Bréfritari: Þórarinn Stefánsson
Dagsetning: A-1915-09-30
Skrifað á: Vesturheimi

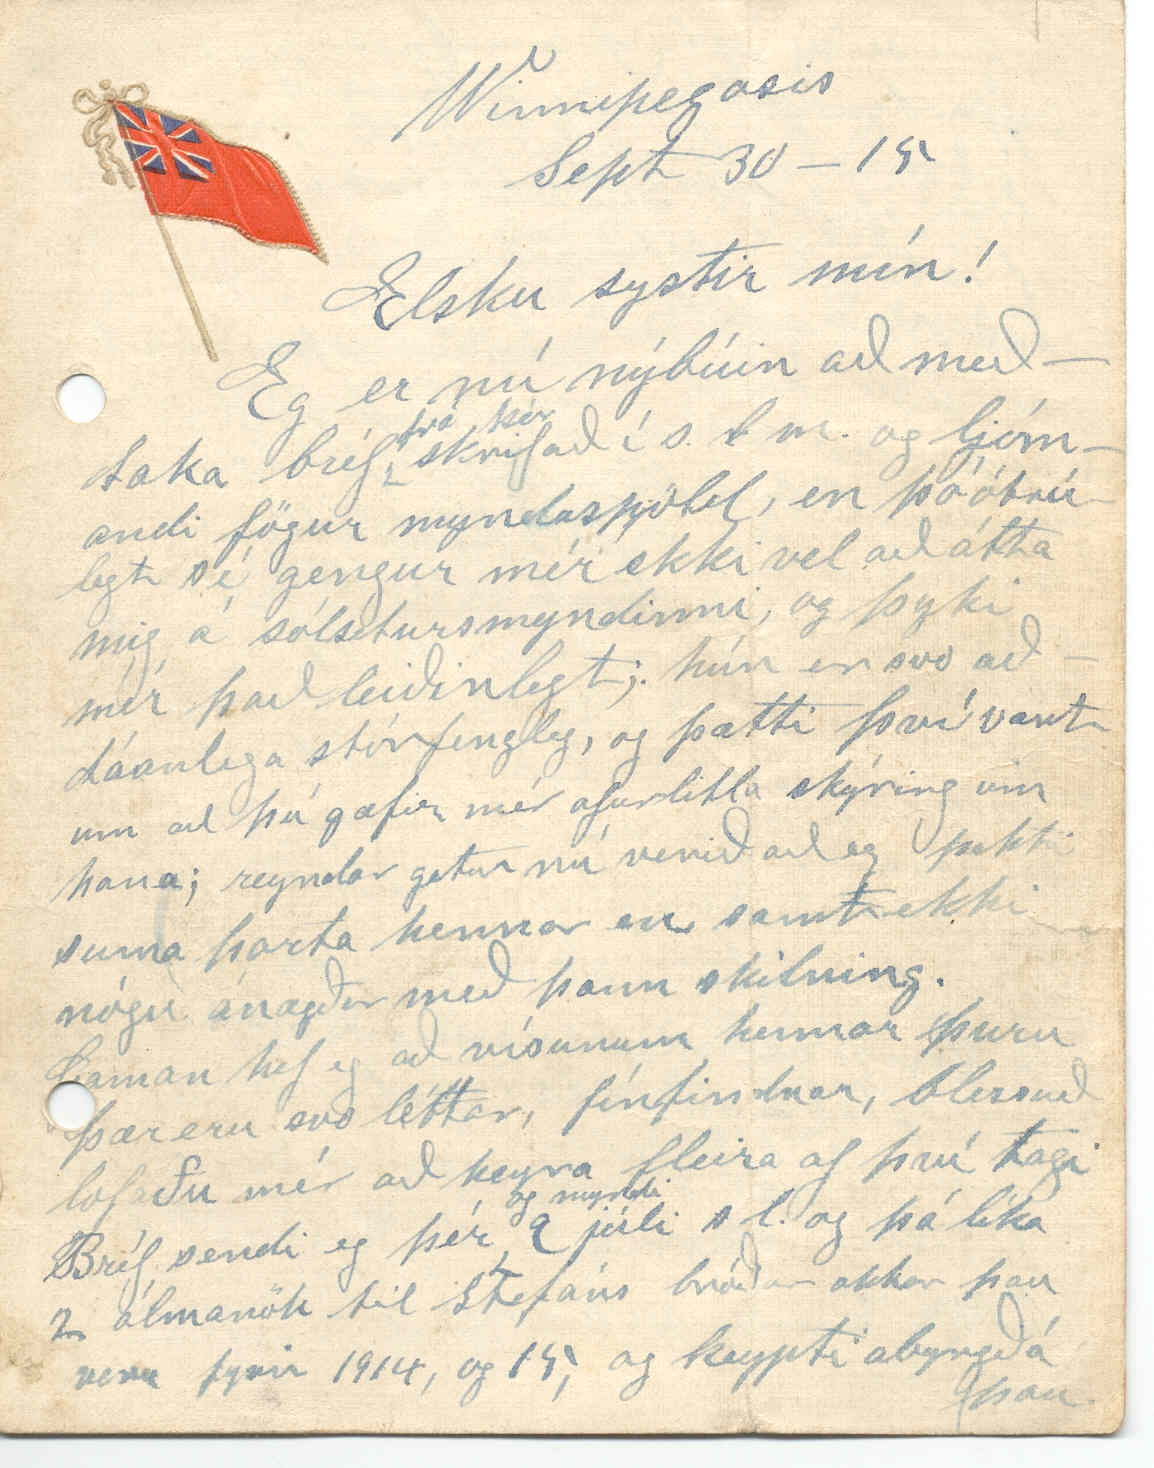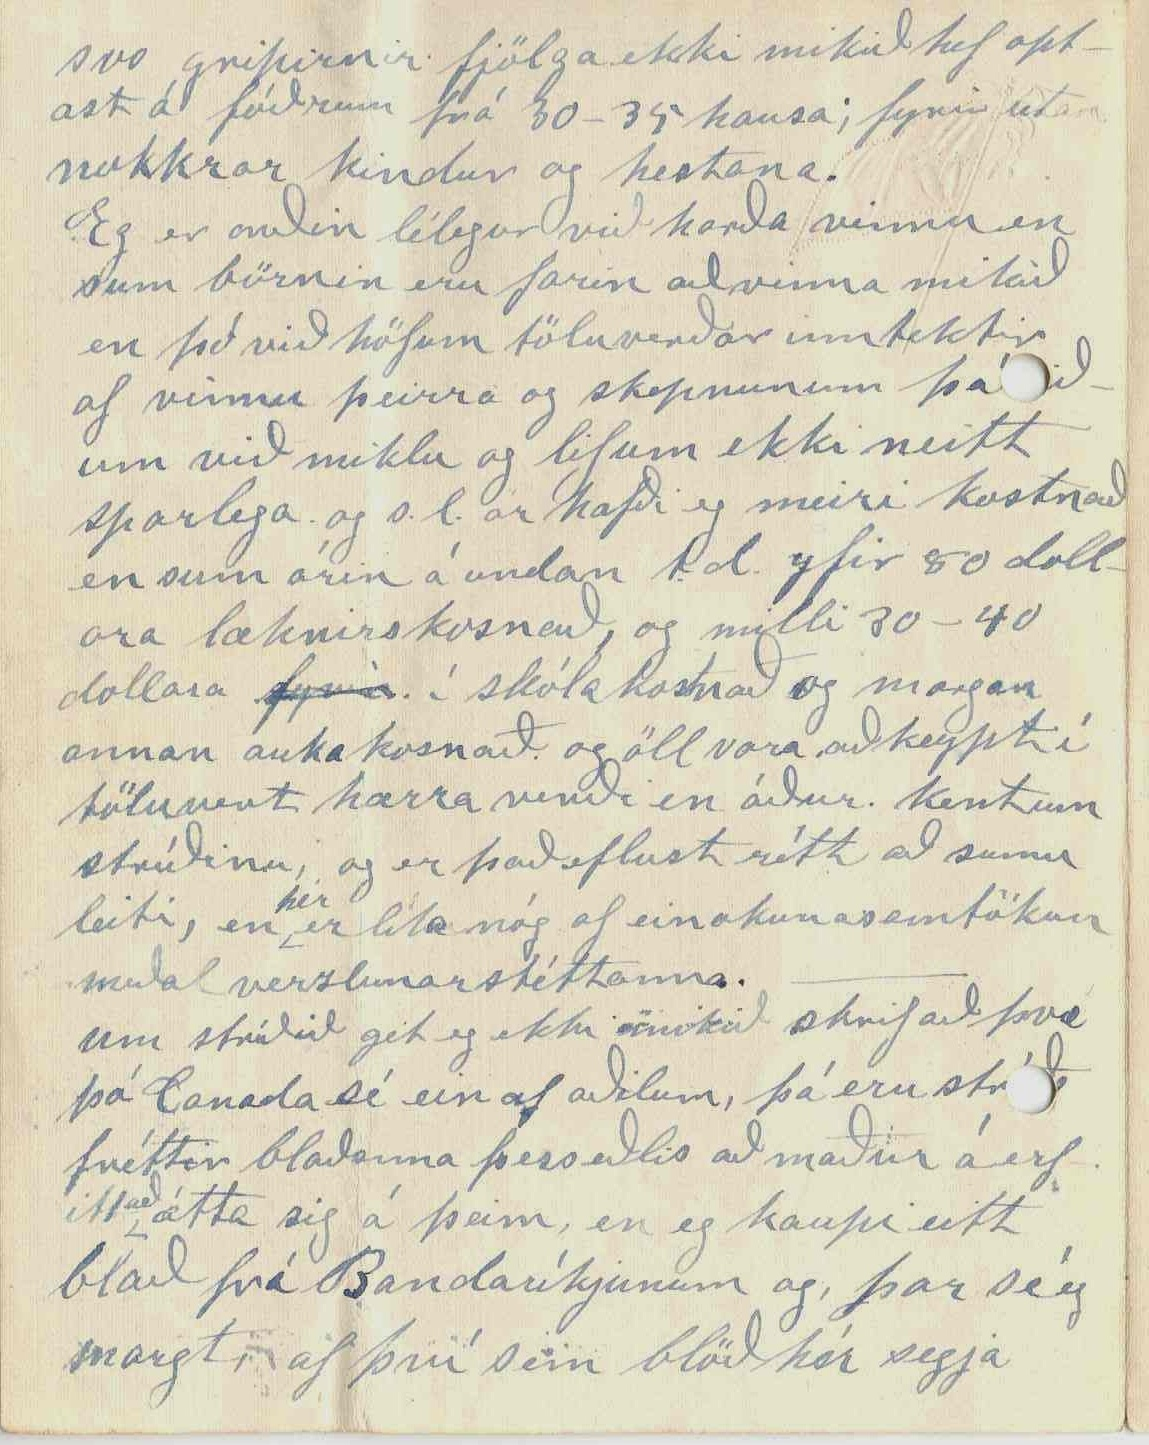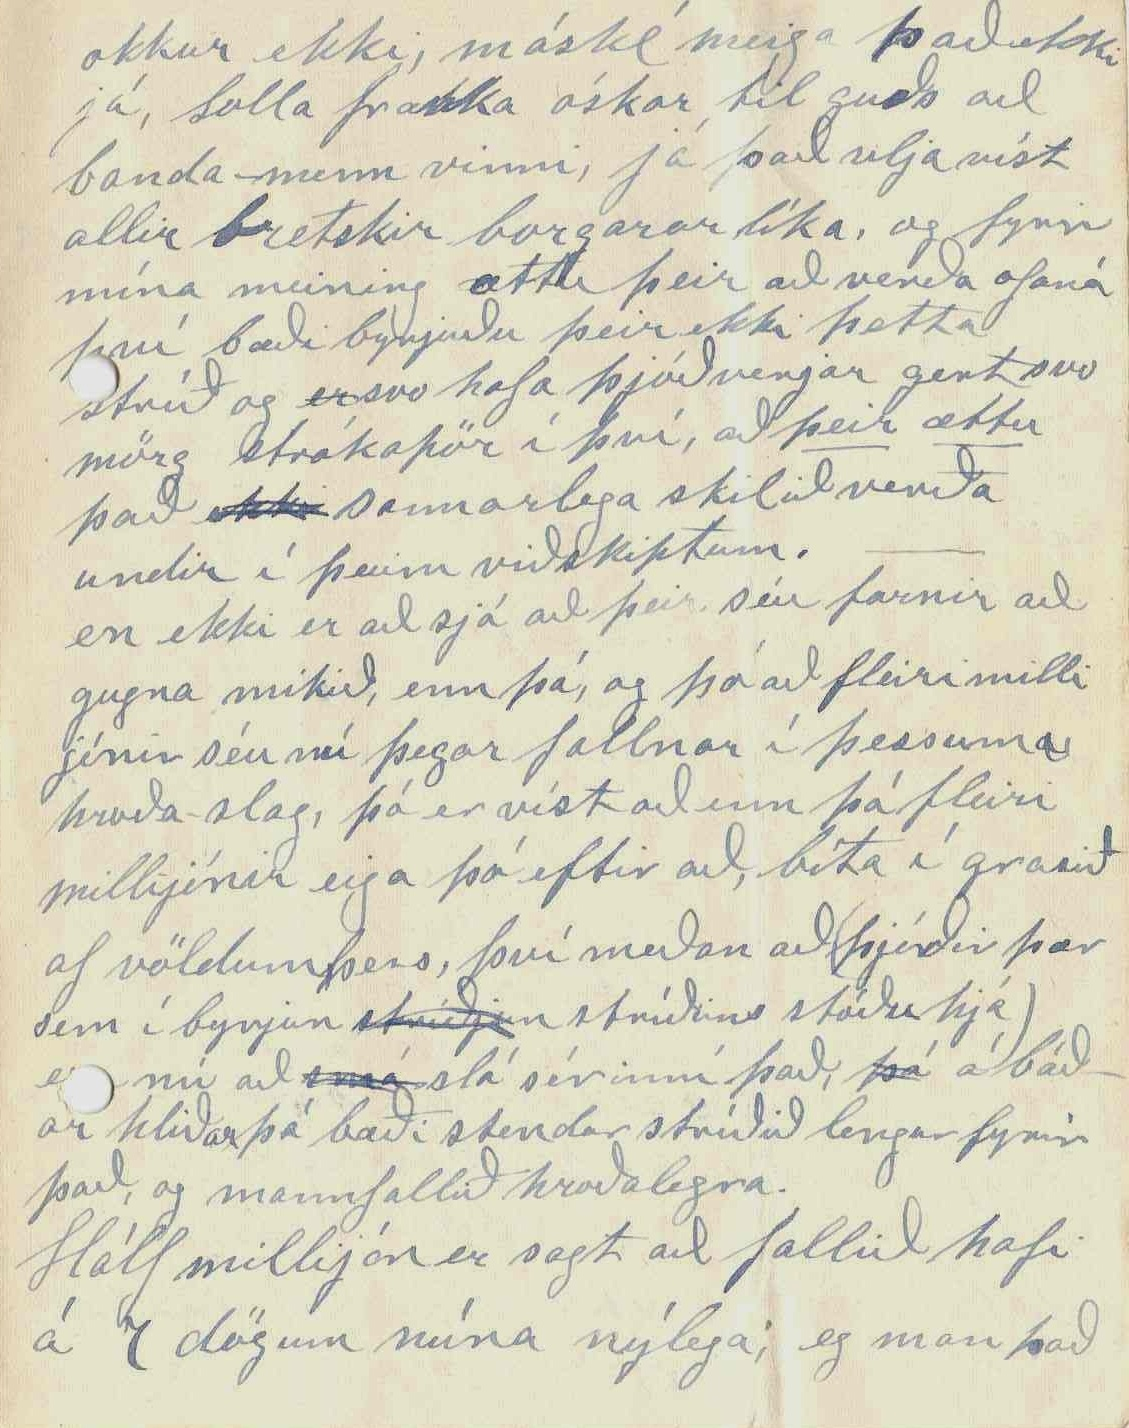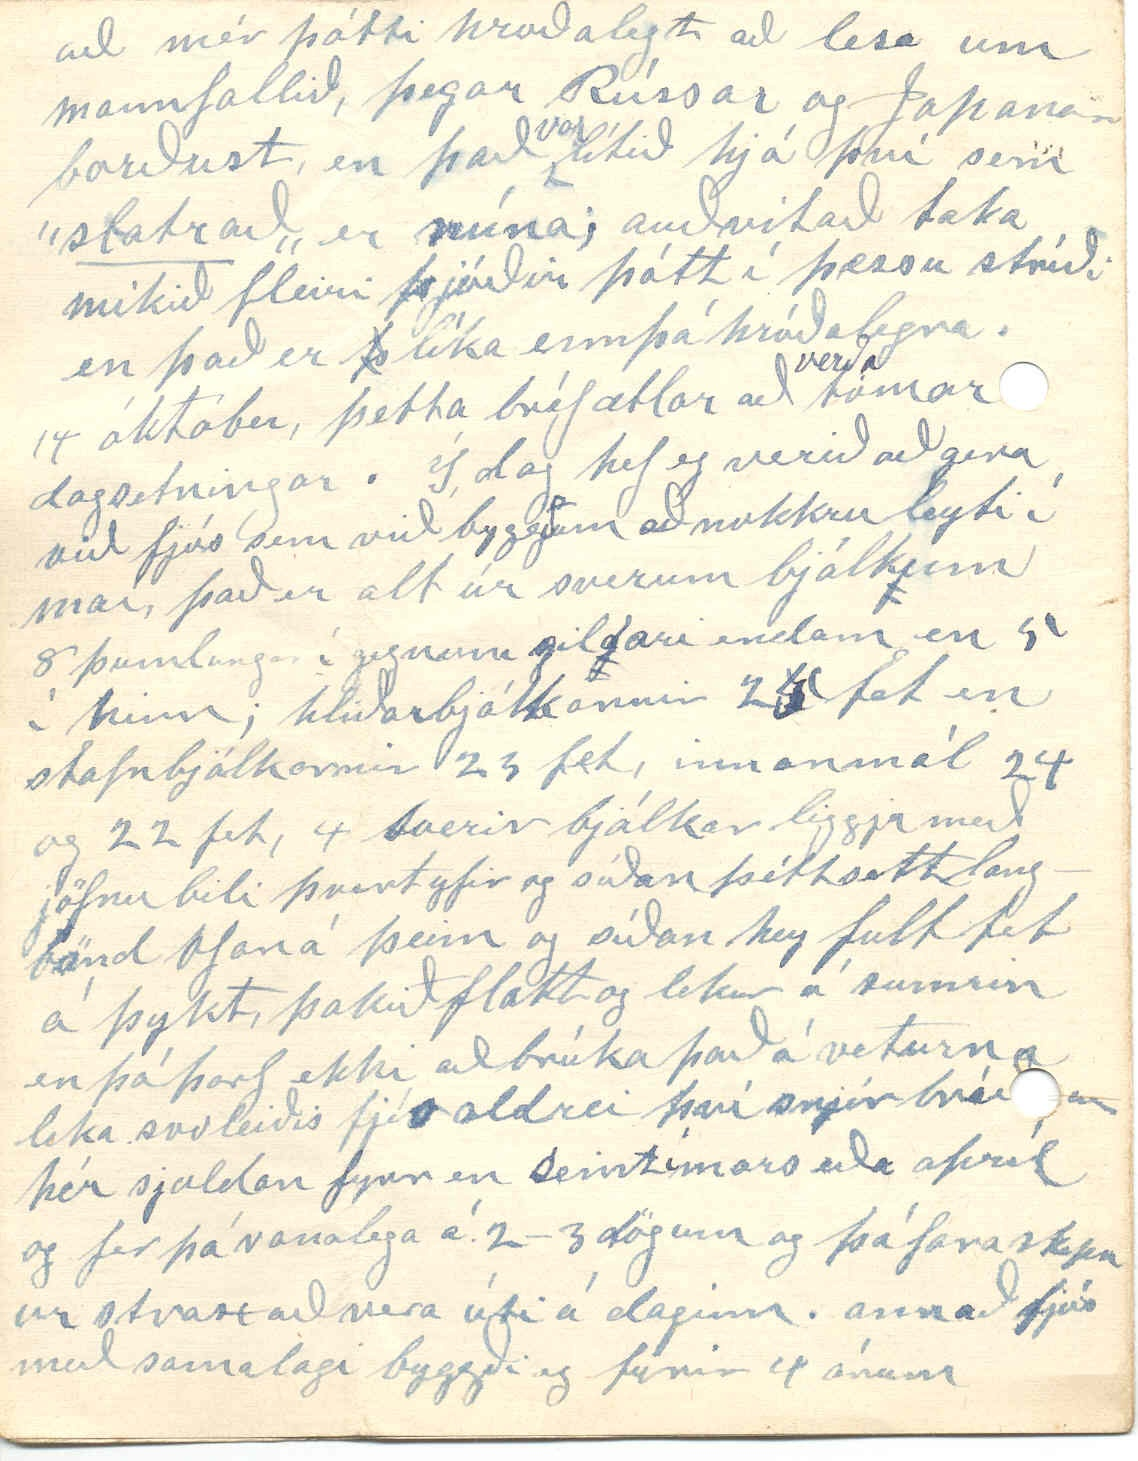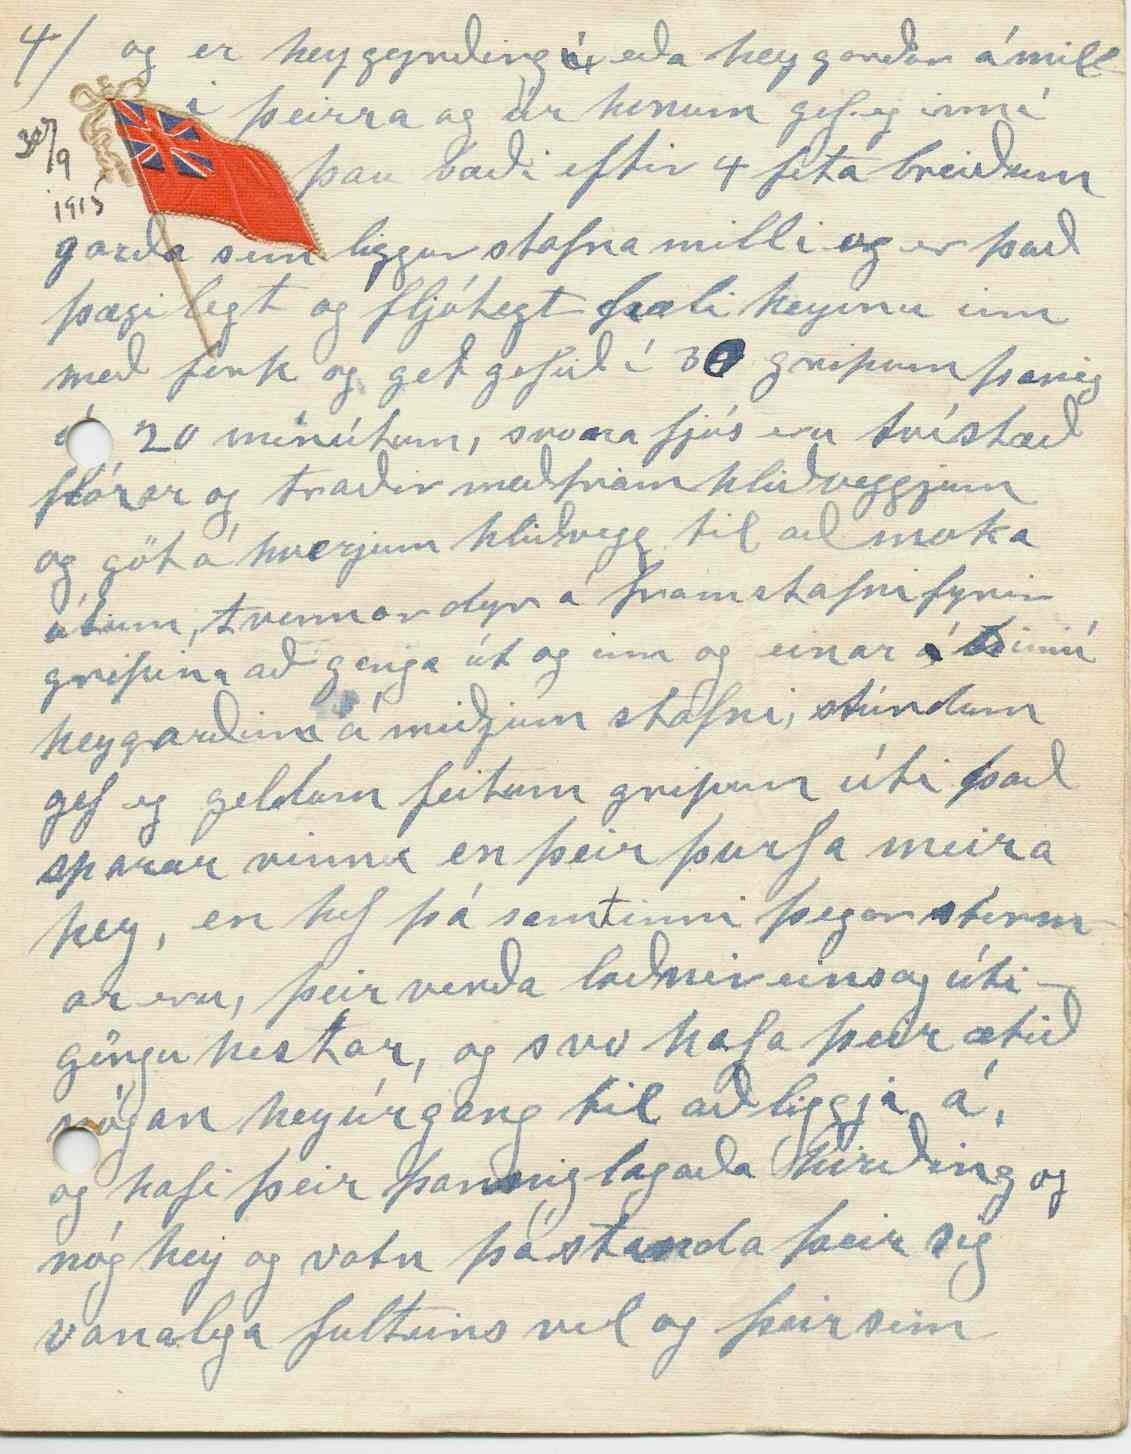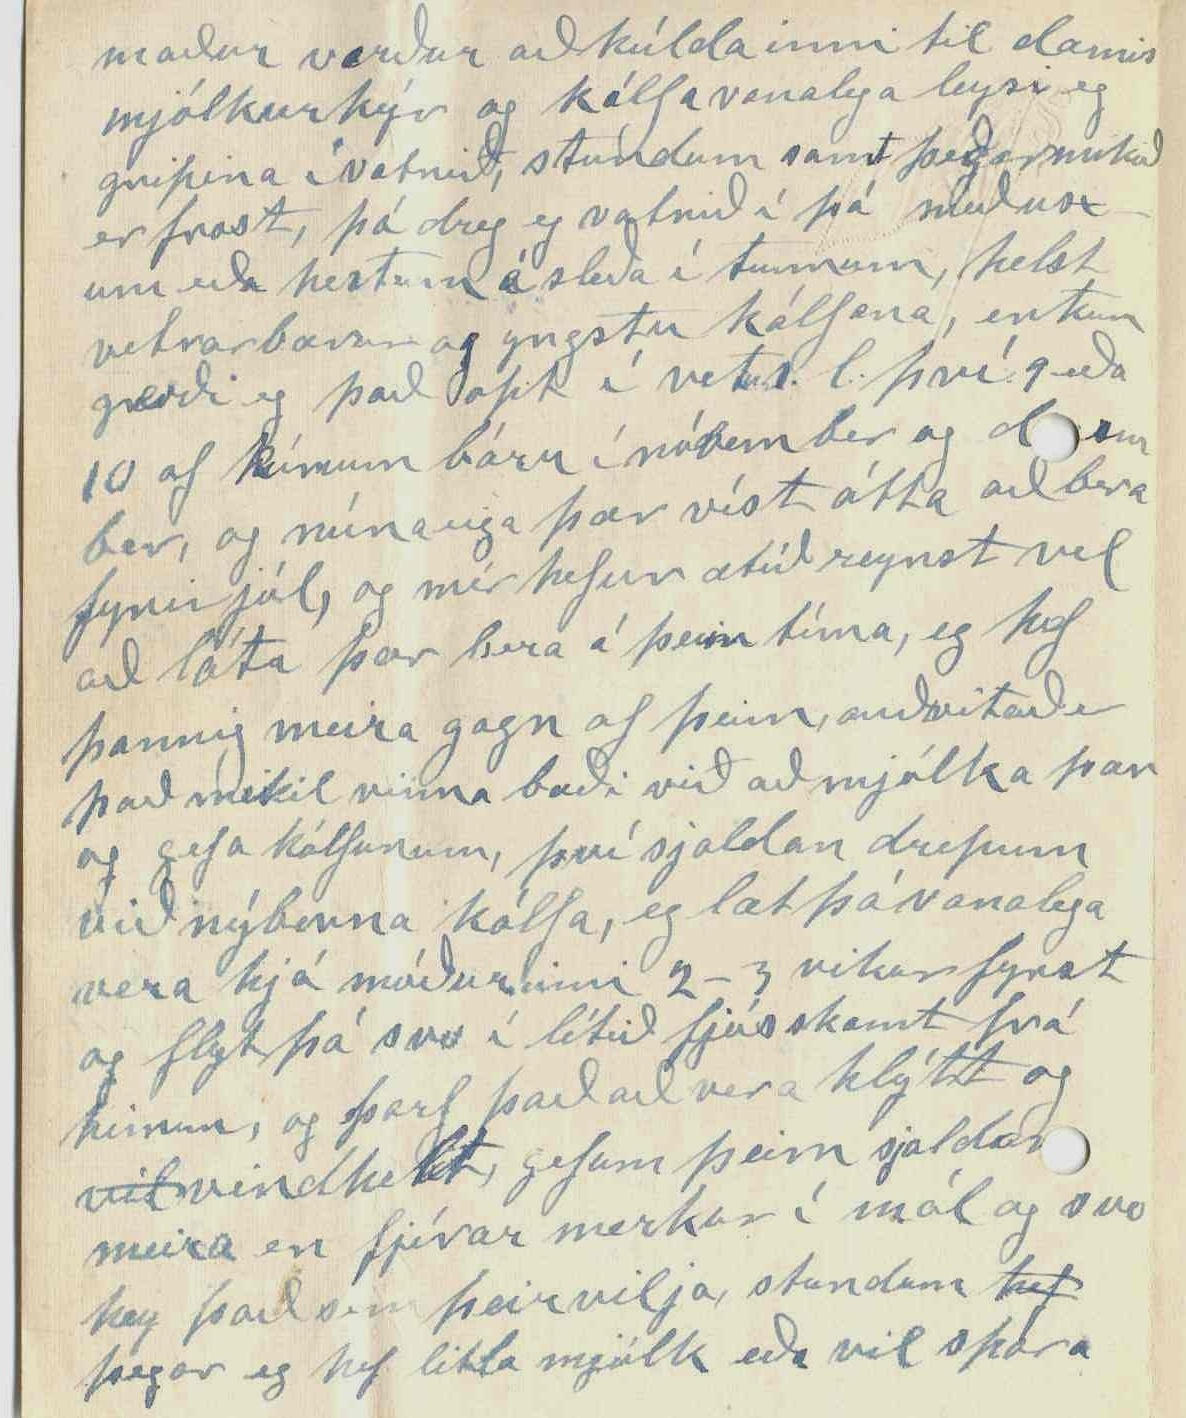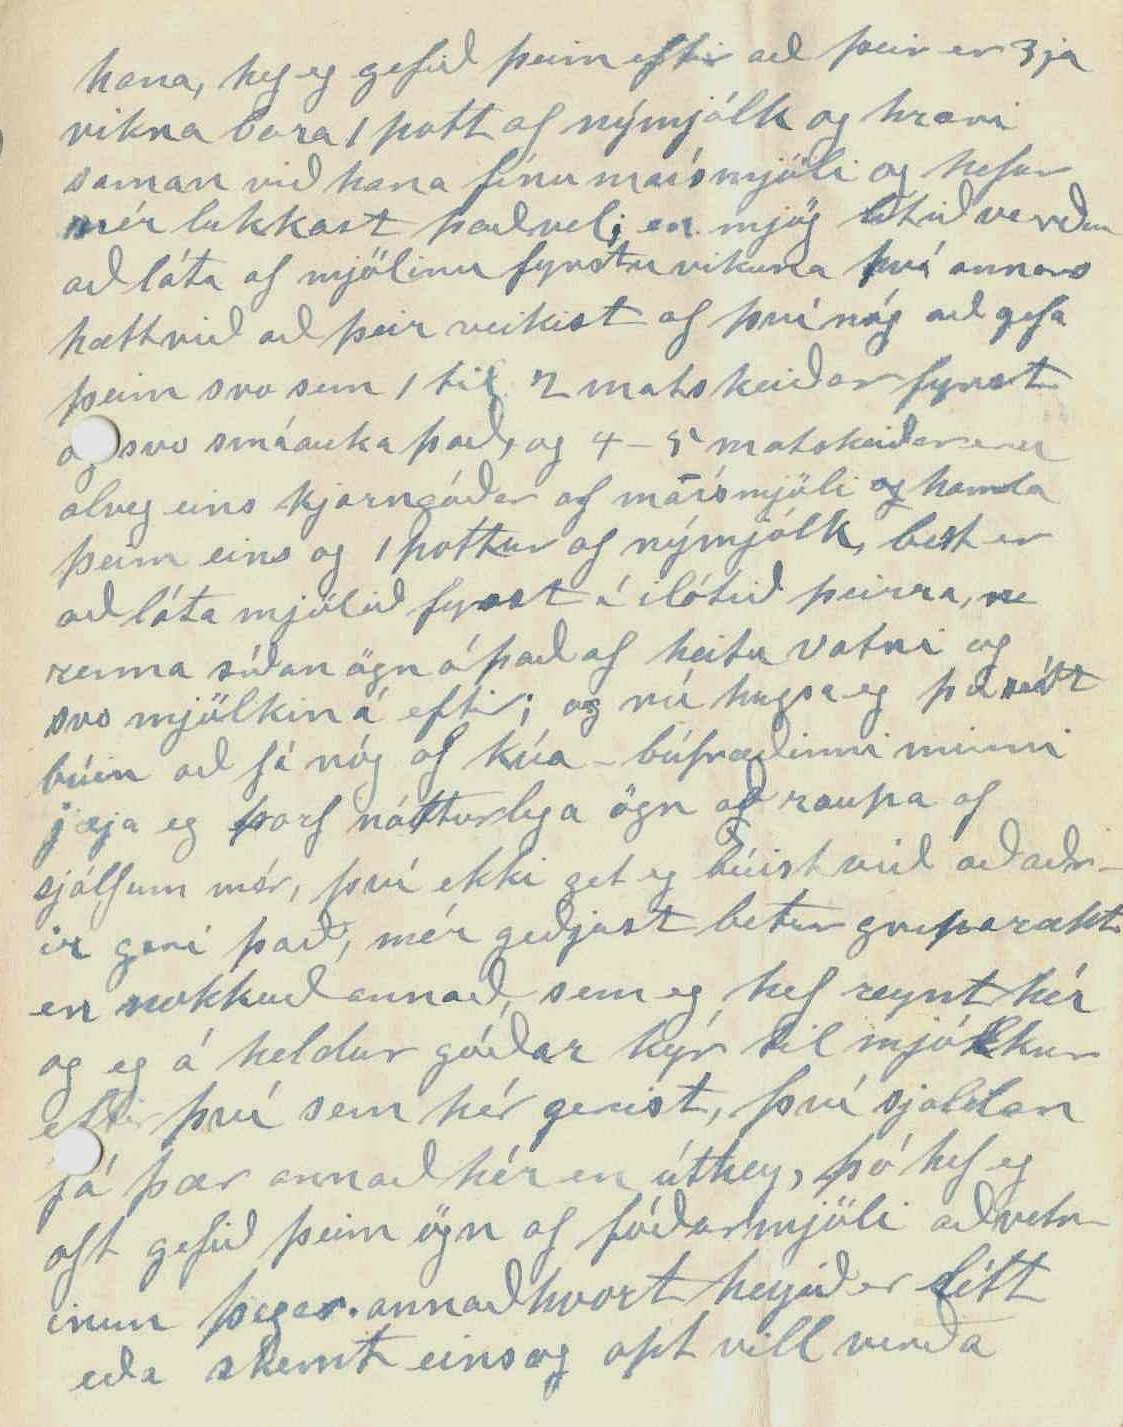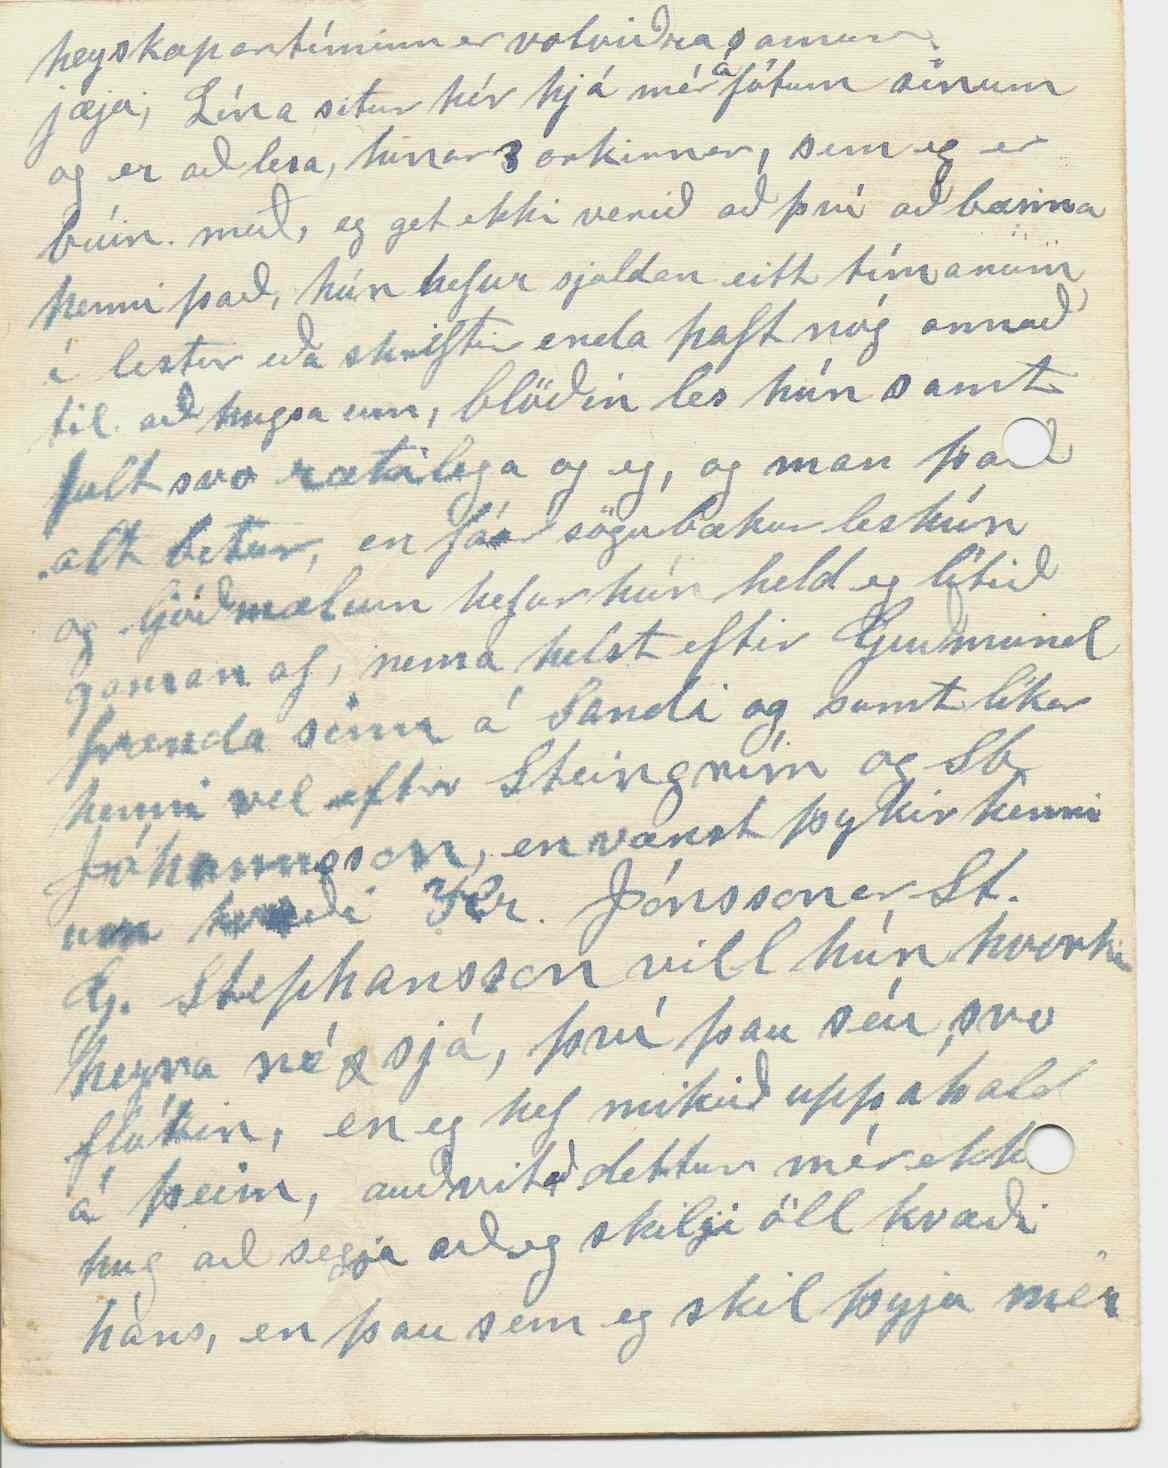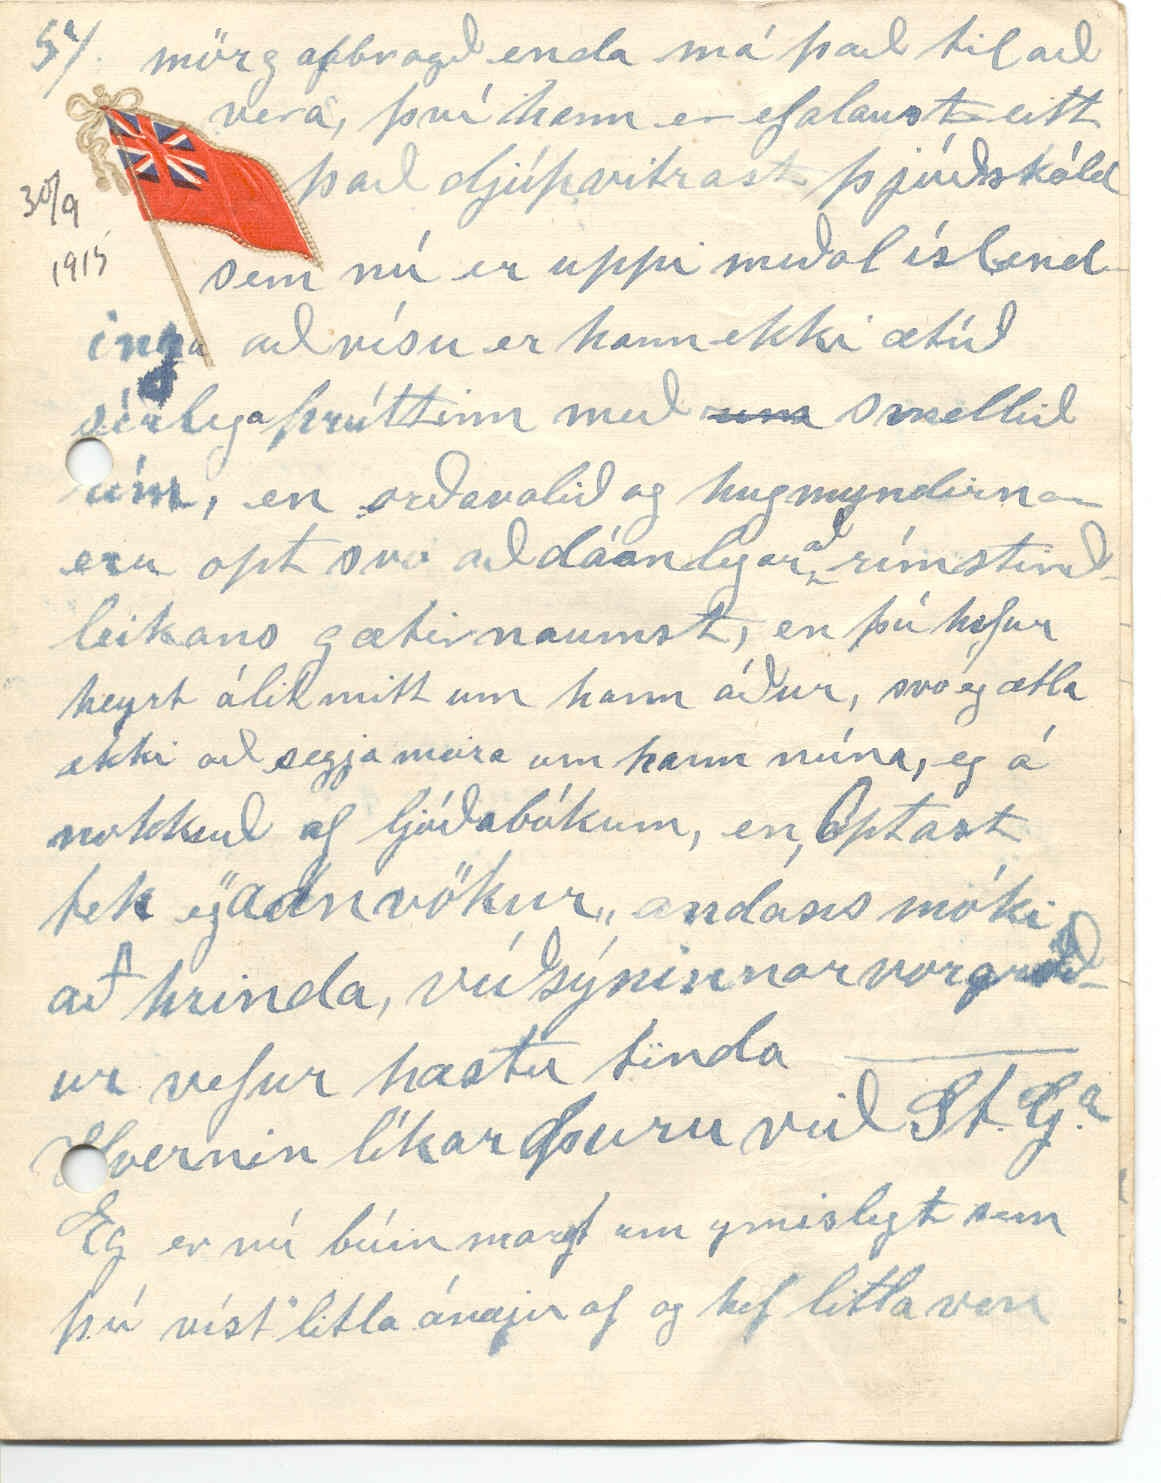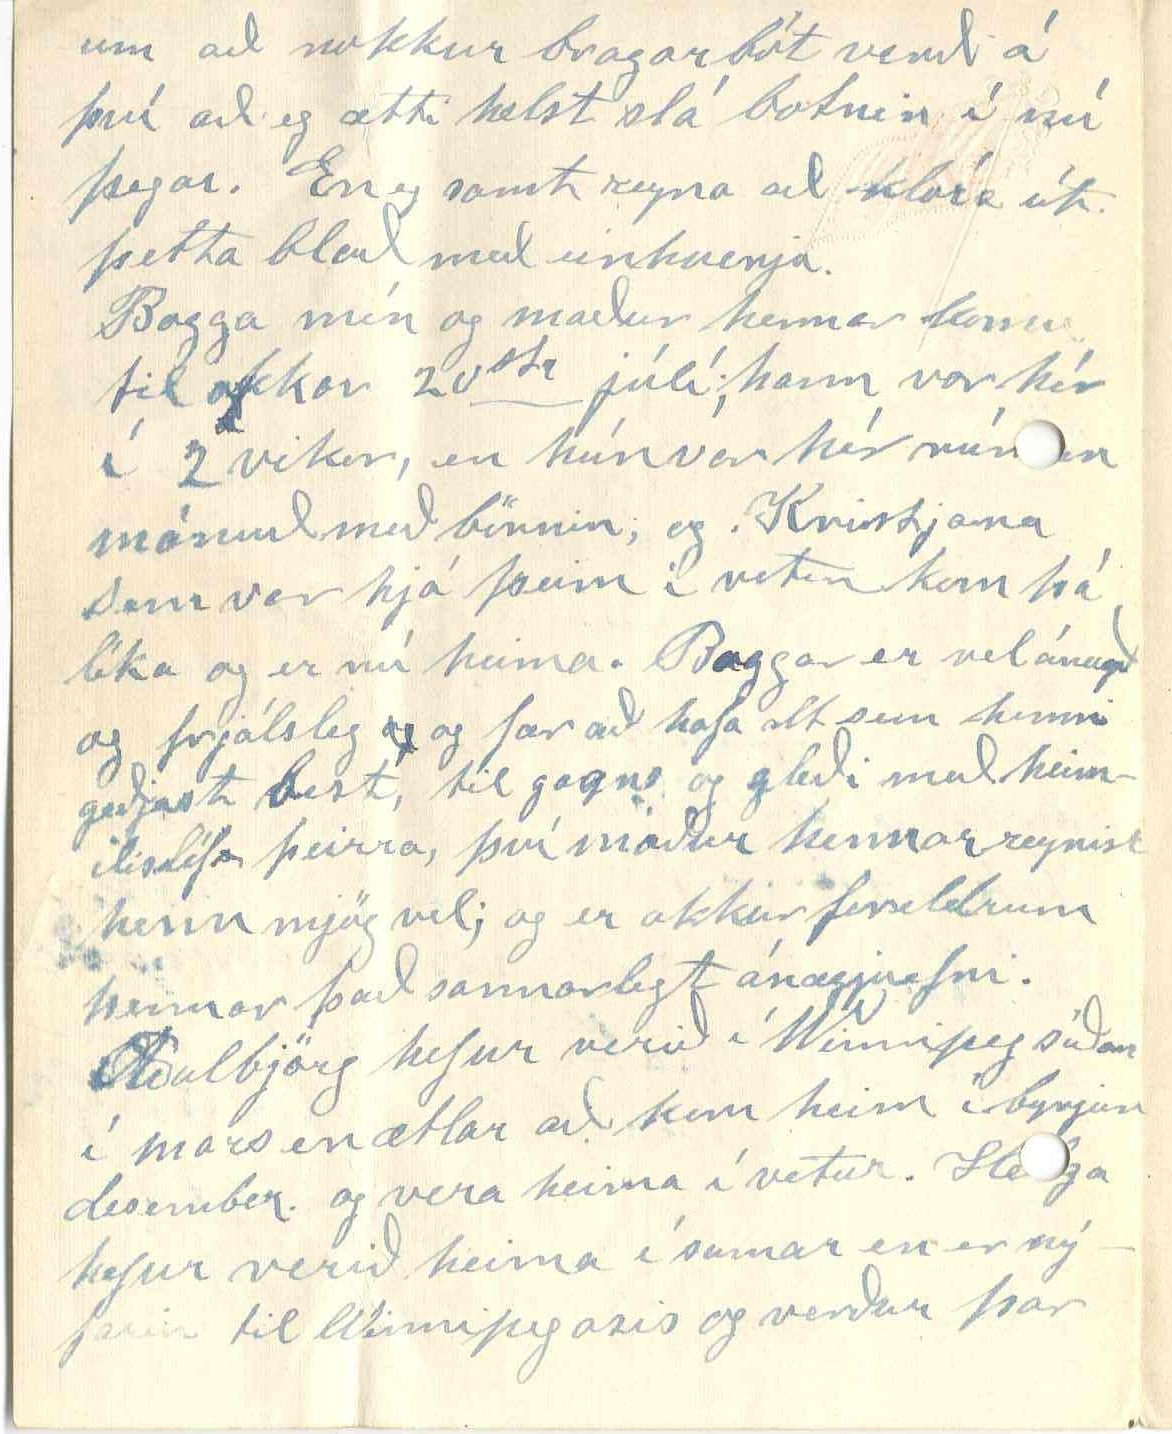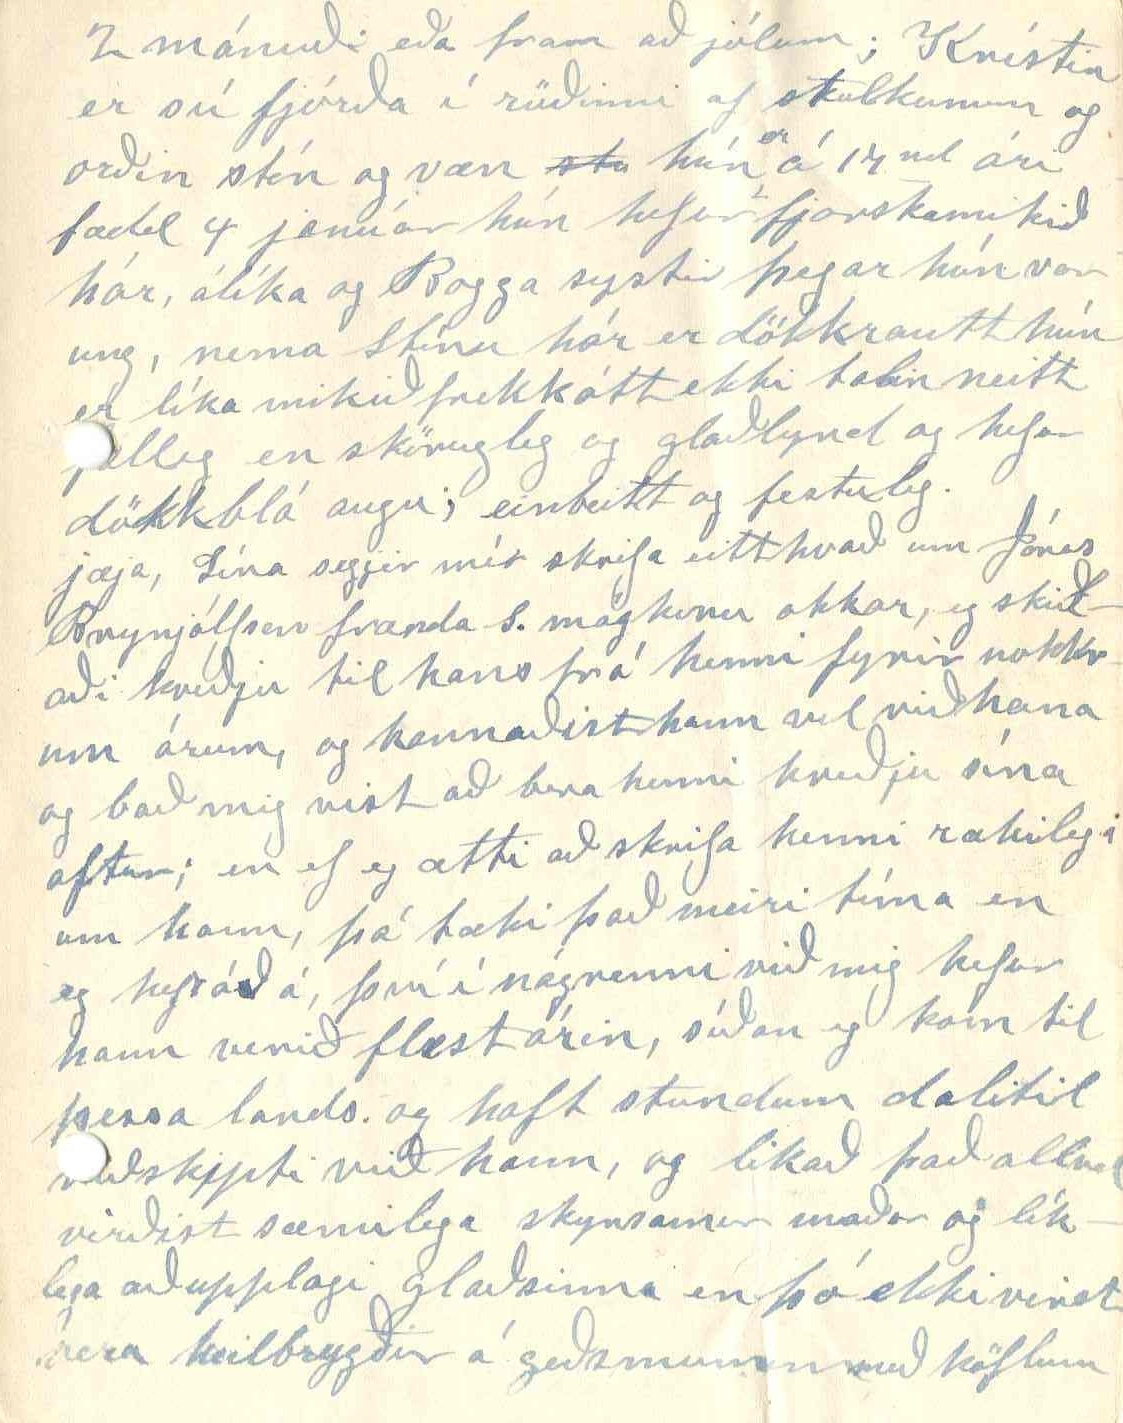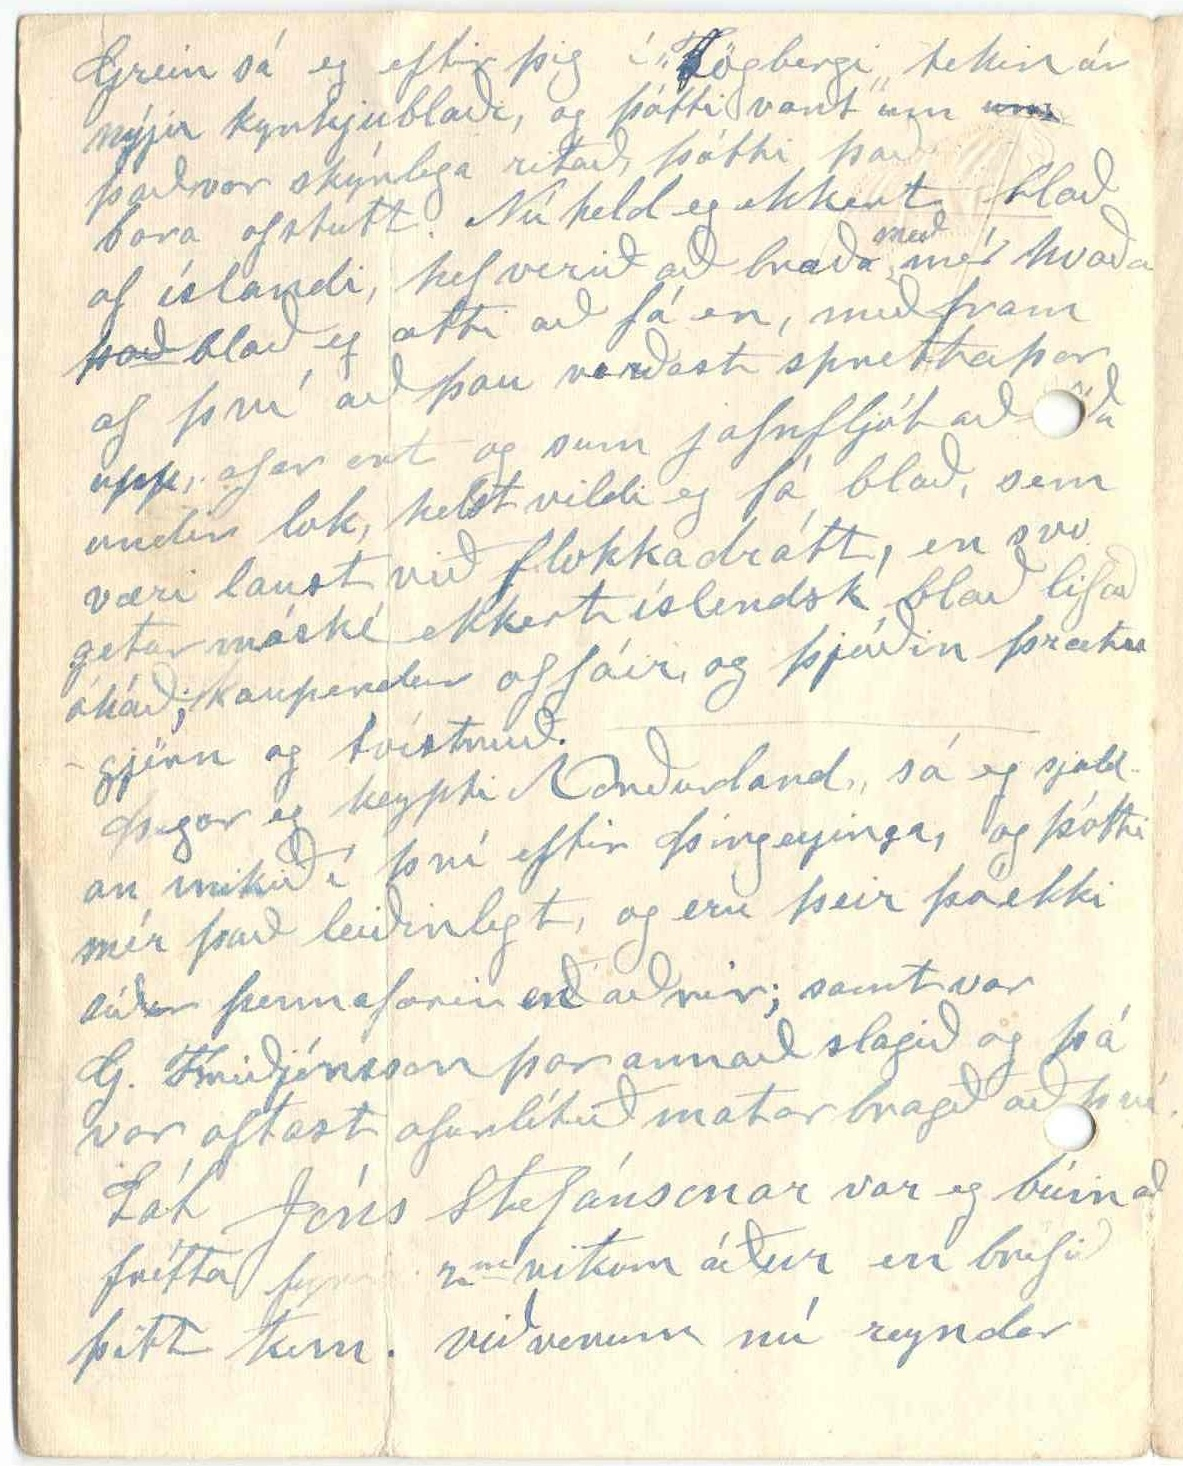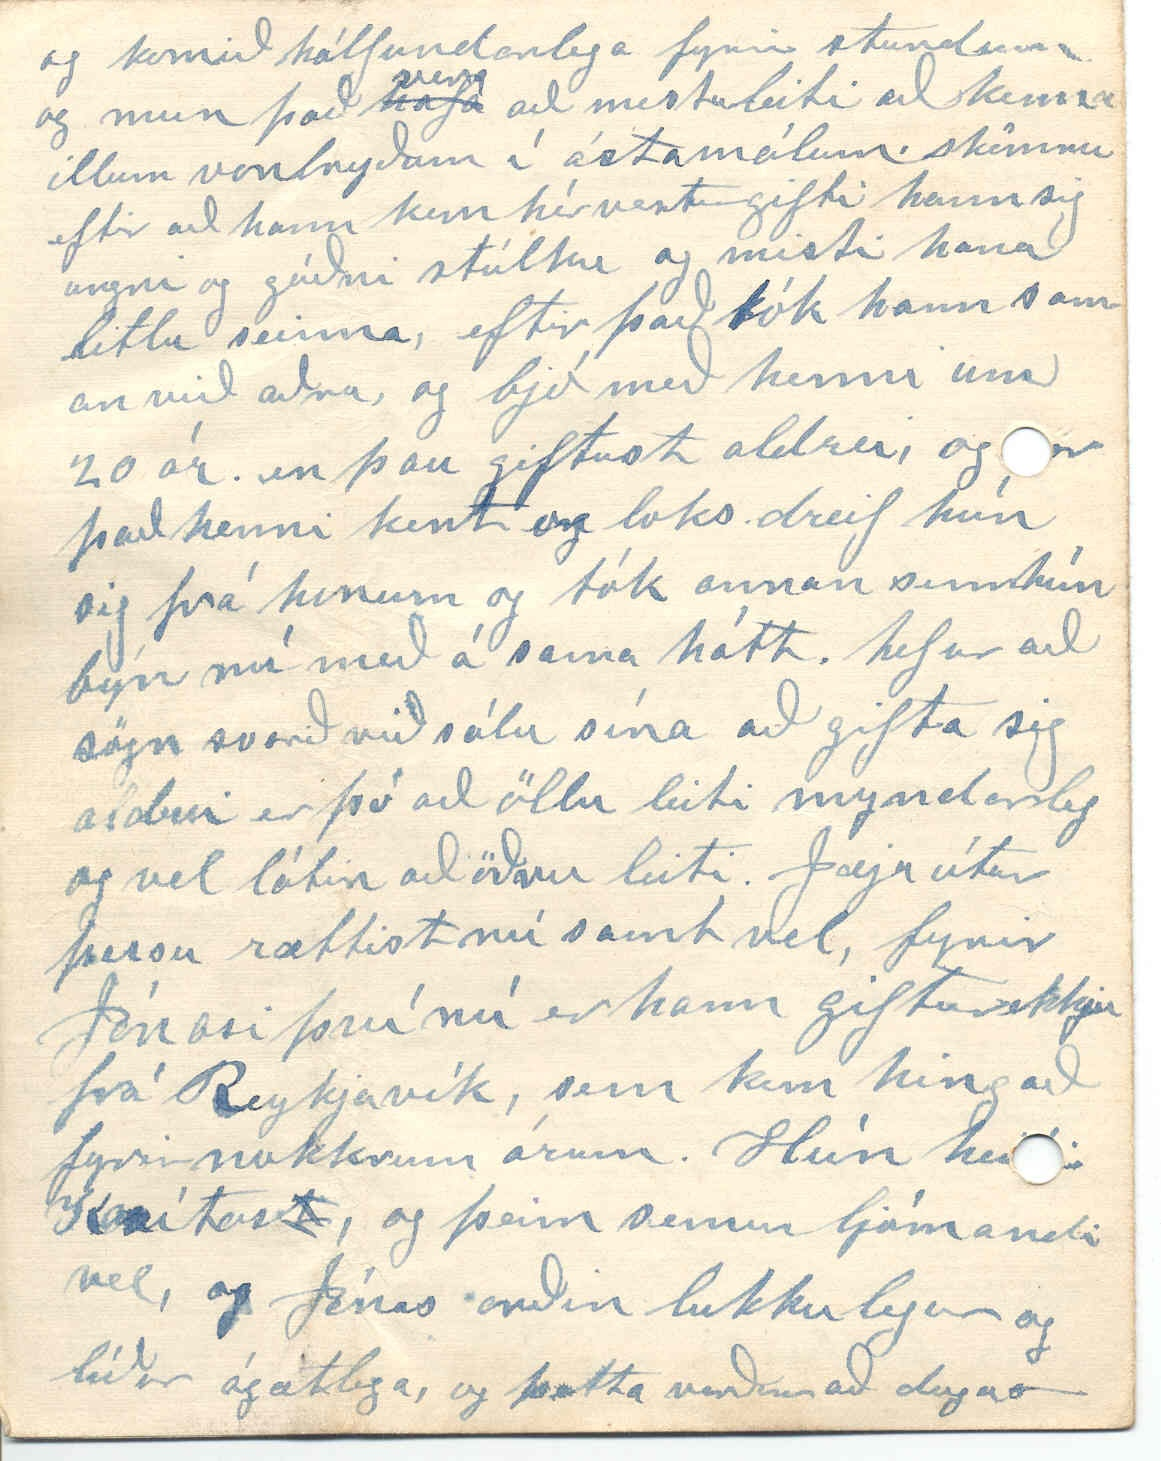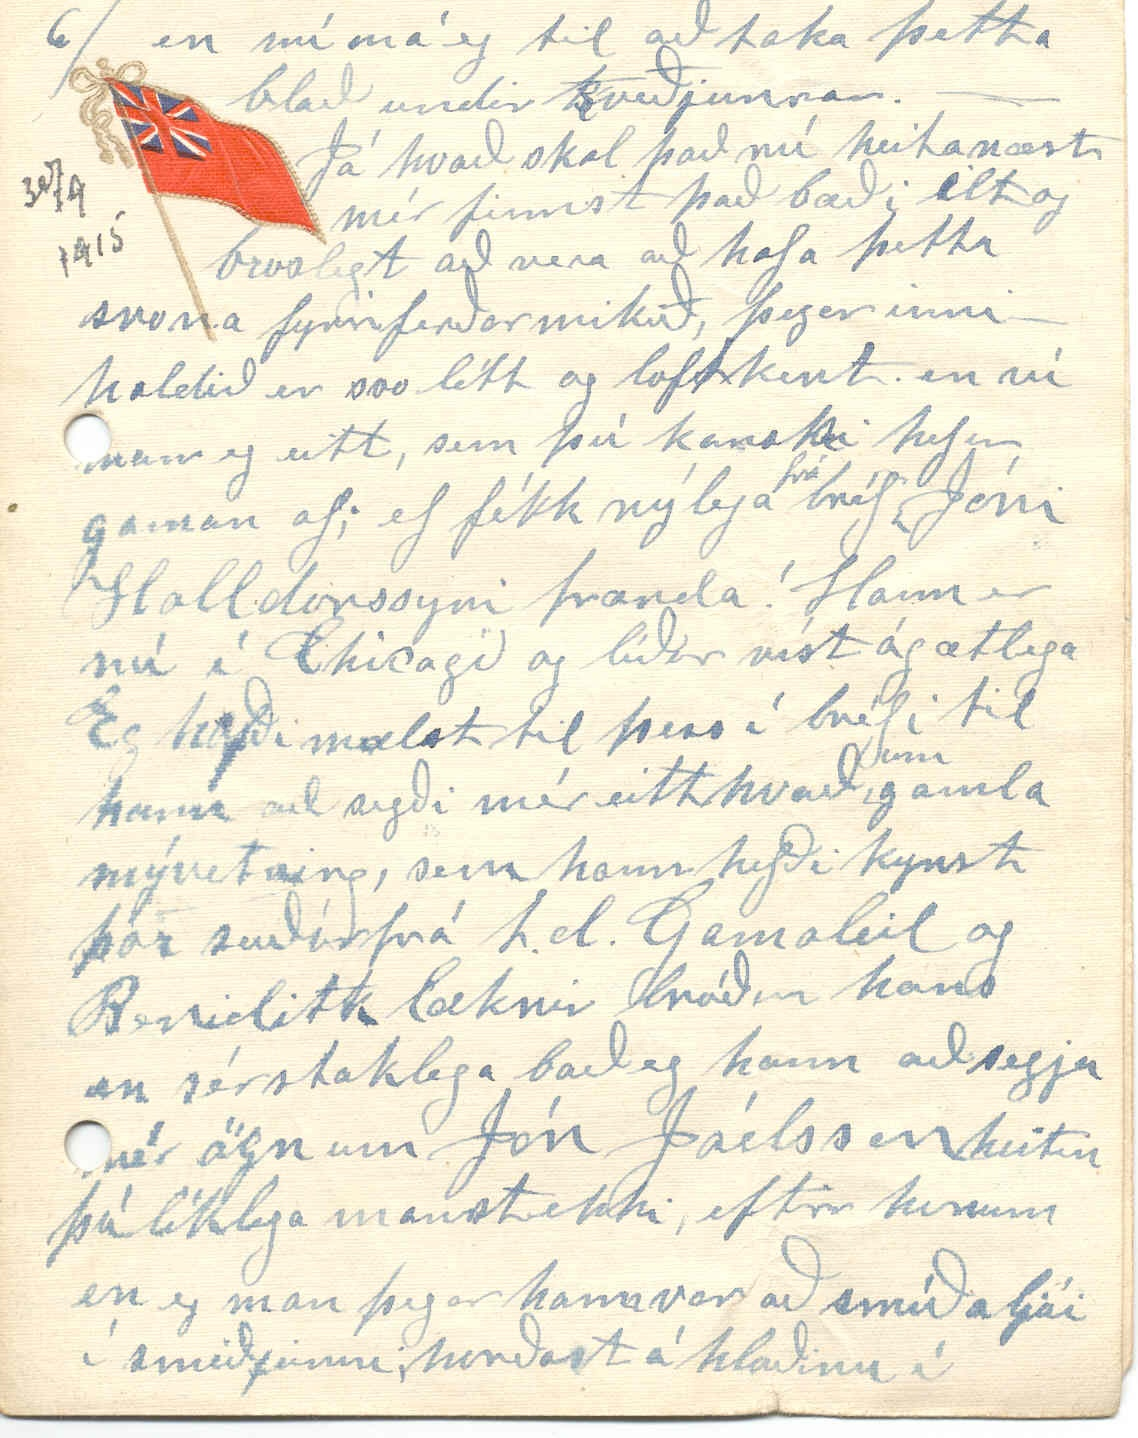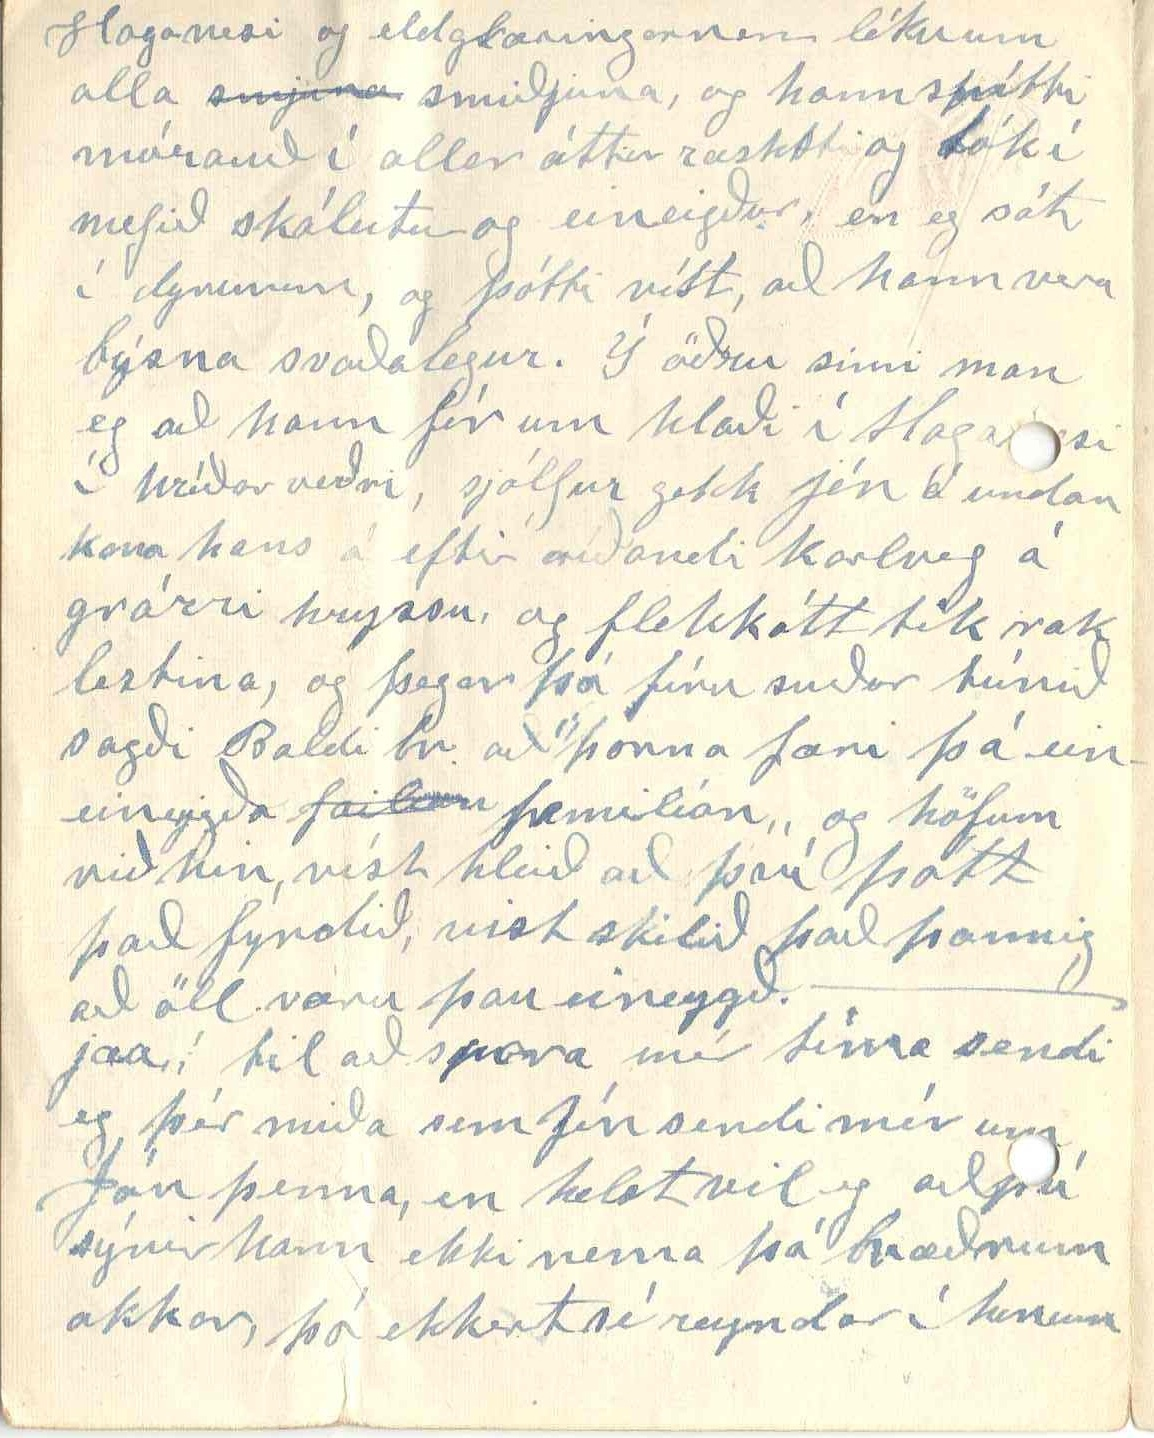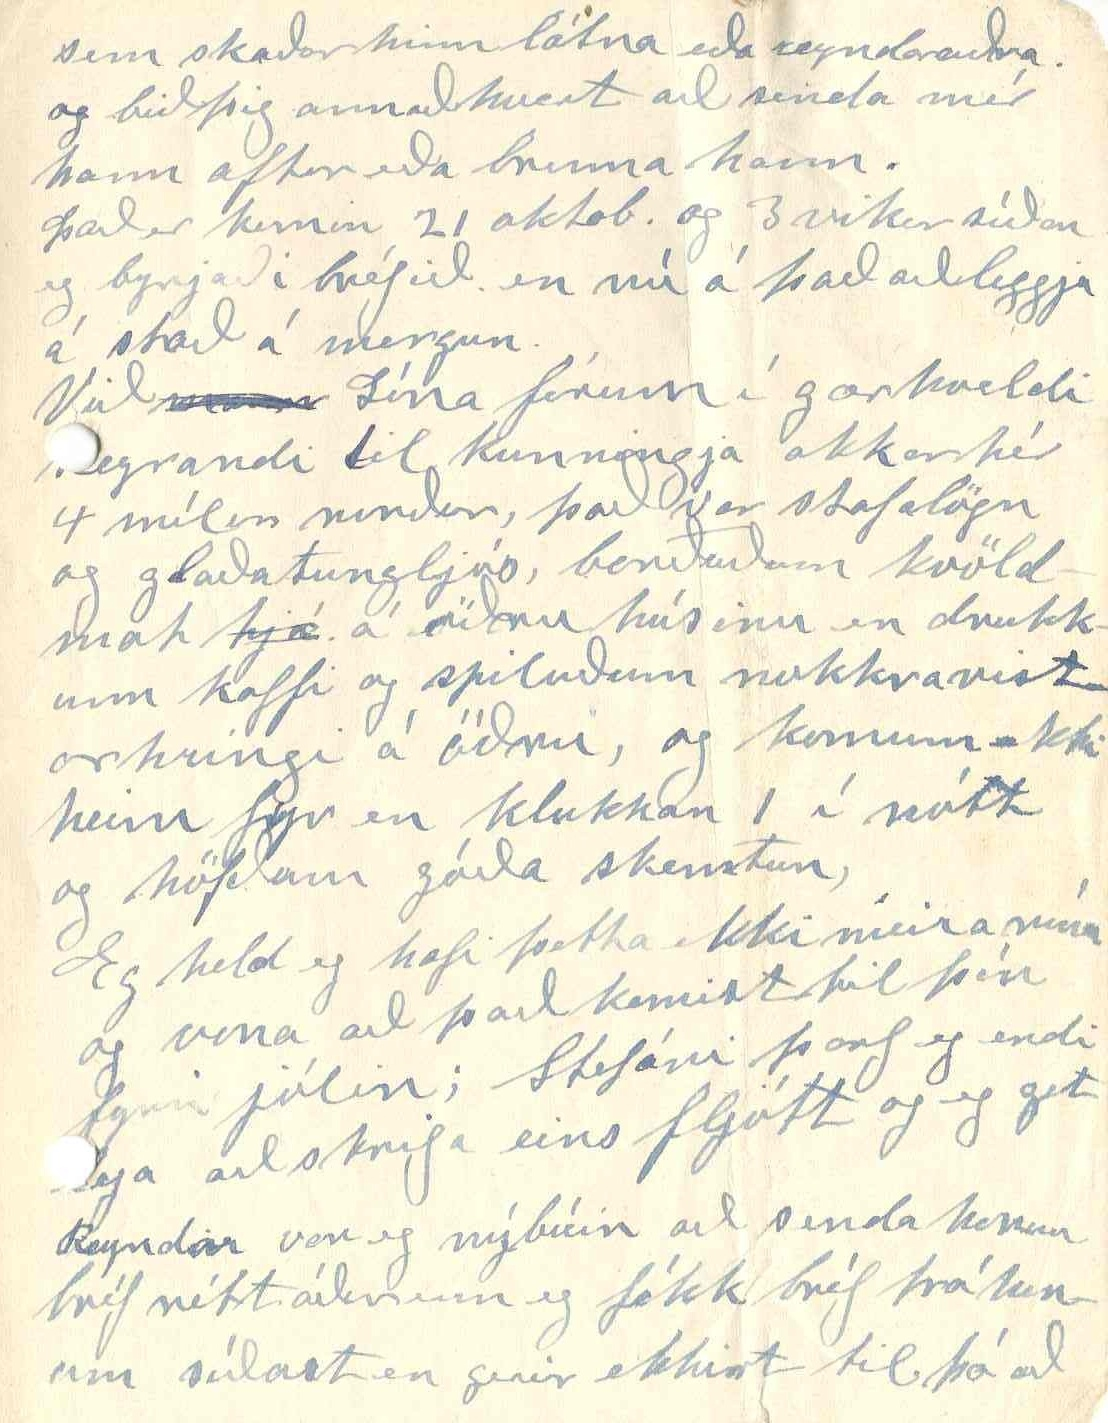

2 mánuði eða fram að jólum; Krístin er sú fjórða í röðinni af stulkunum og orðin stór og væn
stu
hún
er
á 17
nd
ári fædd 4 janúar hún hefur fjarskamikið hár, álíka og Bogga systir þegar hún var ung, nema Stínu hár er dökkrautt hún er líka mikið frekkótt ekki talin neitt falleg en skörugleg og glaðlynd og hefur dökkblá augu; einbeitt og festuleg.
jæja, Lína segjir mér skrifa eitthvað um Jónas Brynjólfson frænda S. mágkonu okkar, eg skilaði kveðju til hans frá henni fyrir nokkrum árum, og kannaðist hann vel við hana og bað mig vist að bera henni kveðju sína aftur; en ef eg ætti að skrifa henni rækilega um hann, þá tæki það meiri tíma en eg hef ráð á, því í nágrenni við mig hefur hann verið flest árin, síðan eg kom til þessa lands. og haft stundum dalitil viðskipti við hann, og likað það allvel virðist sæmilega skynsamur maður og líklega að upplagi glaðsinna en þó ekki virst vera heilbrygður á geðsmunum með köflum
og komið hálfundarlega fyrir stundum og mun það
hafa
vera að mestu leiti að kenna illum vonbryðum í ástamálum. skömmu eftir að hann kom hér vestur gifti hann sig ungri og góðri stúlku og misti hana litlu seinna, eftir það tók hann saman við aðra, og bjó með henni um 20 ár. en þau giftust aldrei, og
var
það henni kent og loks dreif hún sig frá honum og tók annan sem hún býr nú með á sama hátt. hefur að sögn svarið við sálu sína að gifta sig aldrei er þó að öllu leiti myndarleg og vel látin að öðru leiti. Jæja útur þessu rættist nú samt vel, fyrir Jónasi því nú er hann giftur ekkju frá Reykjavík, sem kom hingað fyrir nokkrum árum. Hún heitir Karítas
t
, og þeim semur ljómandi vel, og Jónas orðin lukkulegur og líður ágætlega, og þetta verður að duga
en nú má eg til að taka þetta blað undir kveðjurnar.
Já hvað skal það nú heita næst. mér finnst það bæði ilt og broslegt að vera að hafa þetta svona fyrirferðarmikið, þegar innihaldið er svo létt og loftkent. en nú man eg eitt, sem þú kanski hefur gaman af; ef fékk nýlega
frá
bréf Jóni Halldorssyni frænda! Hann er nú í Chicago og líður víst ágætlega Eg hafði mælst til þess í bréfi til hann að segði mér eitthvað
um
gamla mývetning, sem hann hefði kynst þar suðurfrá t.d. Gamaleil og Beniditk læknir bróður hans en sérstaklega bað eg hann að segja mér ögn um Jón Jóelsson heitin þú líklega manst ekki, eftir honum en eg man þegar hann var að smíða ljái í smiðjunni; norðast á hlaðinu í
Haganesi og eldglæringarnar léku um alla
smjuna
smiðjuna, og hann spítti mórauð í allar áttir ræskti og tók í nefið skáleitur og eineigður, en eg sát í dyrunum, og þótti víst, að hann vera býsna svaðalegur. Í öðru sinni man eg að hann fór um hlaði í Haganesi í hríðar veðri, sjálfur gekk jón á undan kona hans á eftir ríðandi karlveg á grárri hryssu, og flekkótt tík rak lestina, og þegar þá fóru suður túnið sagði Baldi br. að ”þarna færi þá ein eineygða
failian
familían„ og höfum við hin, víst hleið að því þótt það fyndið, vist skilið það þannig að öll væru þau eineygð.
jæa, í til að spara mér tíma sendi eg þér miða sem Jón sendi mér um Jón þenna, en helst vil eg að þú sýnir hann ekki nema þá bræðrum okkar, þó ekkert sé reyndar í honum
sem skaðar hinn látna eða reyndar aðra. og bið þig annað hvort að senda mér hann aftur eða brenna hann.
Það er komin 21 oktob. og 3 vikur síðan eg byrjaði bréfið. en nú á það að leggja á stað á morgun.
Við
ma000
Lína fórum í gærkveldi keyrandi til kunningja okkar hér 4 mílur norður, það var stafalögn og glaða tungljós, borðuðum kvöldmat
hjá
á öðru húsinu en drukkum kaffi og spiluðum nokkra vistarhringi á öðru, og komum ekki heim fyr en klukkan 1 í nótt og höfðum góða skemtun,
Eg held eg hafi þetta ekki meira núna og vona að það komist til þín fyrir jólin; Stefáni þarf eg endilega að skrifa eins fljótt og eg get Reyndar var eg nýbúin að senda honum bréf rétt áður enn eg fékk bréf frá honum síðast en gerir ekkert til þó að
ekki sé fylgt föstum reglum, bara að hinn veiki sambands þráður slitni að ástæðulausu.
Heilsaðu öllum uppí sveit
Er því vilja sinna
Ef eg kem í eftirleit,
Alla vil eg finna.
já hjart kveðju til þín og þinna og bræðra minna.
Þinn elkandi bróðir
Thór Stephánsson
Winnipegosis
Sept 30 - 15
Elsku systir mín!
Eg er nú nýbúin að meðtaka bréf
frá þér
skrifað í s. l. m. og ljómandi fögur myndaspjöld, en þó ótrúlegt sé gengur mér ekki vel að átta mig á sólsetursmyndinni, og þyki mér það leiðinlegt; hún er svo aðdáanlega stórfengleg, og þætti því vænt um að þú gæfir mér ofurlitla skýring um hana; reyndar getur nú verið að eg
þekti
suma parta hennar en samt ekki nógu ánægður með þann skilning. Gaman hef eg að vísunum hennar þuru Þær eru svo léttar, fínfindnar, blessuð lofaðu mér að heyra fleira af því tagi Bréf sendi eg þér
og myndi
9 júli sl. og þá líka 2 álmanök til Stefáns bróður okkar þau voru fyrir 1914, og 15, og keypti abyrgð á þau.
Grein sá eg eftir þig í ”Lögbergi„ tekin úr nýju kyrkjublaði, og þótti vænt um
um
það var skýrlega ritað, þótti það bara of stutt. Nú held eg ekkert blað af íslandi, hef verið að bræða
með
mér hvaða
það
blað eg ætti að fá en, með fram af því að þau virðast spretta þar upp, afar ort og sum jafnfljót að
líða
undir lok, helst vildi eg fá blað, sem væri laust við flokkadrátt, en svo getur máské ekkert íslendsk blað lifað óháð; kaupendur of fáir, og þjóðin þrætugjörn og tvístruð.
Þegar eg keypti Norðurland„ sá eg sjaldan mikið í því eftir Þingeyinga, og þótti mér það leiðinlegt, og eru þeir þó ekki síður pennafærir
að
en aðrir; samt var G. Friðjónsson þar annað slagið og þá var oftast ofurlítið matarbragð að því. Lát Jóns Stefánsonar var eg búin að frétta
fyr0
2
m
vikum áður en bréfið þitt kom. við vorum nú reyndar
engir perluvinir hér á fyrri árum en vitmaður var hann, og ágjætar þýkja mér dýrasogurnar hans. og mér hefur altaf verið hlýtt til hans, síðan eg sá það, sem hann mælti eftir soninn þinn.
og nú kvað alþingið hafa veitt ekkju hans 200 krónur í heiðurslaun, smátt er nú skorið, því höfðu þeir það ekki 500, gat naumast minna verið til að heita heiður.
4 október, Eg fór í fyrradag á bát til bæjarins og Stebbi Helga og Stína líka ætluðum til baka í gær en þá var mikill stormur á móti, og af því svo fáment var heim þá gekk eg heim, en þau urðu eftir þangað til. leiði kemur. svo núna er ekki heima
nema
karl og kerling og 4 yngstu börnin, þau eru að leika felu leik í miðhúsinu en Lína situr og prjónar í innsta húsinu og eg að skrifa í
við
einu hornini á því við ljós því það er komið nær háttatíma eða kl. 15 mín eftir 9.
Æ! að þú sætir nú hérna mitt á meðal okkar, þá hugsa eg að við færum ekki að hátta strax enda ert nú máské búin að sofa góðan dúr, en samt áttu eftir morgundúrinn, og hann er mörgum kær.
Seint gengur mð bréfið; komin 10 oktober, og sunnudagur kl. 2, og við nýlega búin að
borða
miðdegismat, saltaða
ð
n hvítfisk, kartoplur rauðróur súrsaðar í ediki og soðnar sikurróur, og náttúrlega brauð og smjör, og drukkum með því; sumir te, sumir mjólk. börnin komu úr bænum á fimmtu dag. yngstu börnin að leika sér Helga og Stína að lesa í Syrpu, gefin út af Ó S. þorgeirssyni í Winnipeg. Stephan og Jói fóru austur að fiskikofa, sem við höfum stundum haldið til í milli helga, meðan mestur er fiskurinn er framan af vetrinum, Lína að þvo matarílátin
í gær vorum við að taka upp úr garðinum. Við fáum mikið af kartoplum
og dálítið af róum og lauk heyskapurinn gekk vel, við byrjuðum seinustu dagana í júli og vorum búnir, seint í águst. 20 águst fór Stebbi
fór
norður á vatn að fiska, í félagi við annan mann, á bát, þeir vor 6 vikur í burtu höfðu 16 net - hvert sumarnet er frá 80 - 90 faðmar, misjafnlega djúp meðaldýpt, 16 möskvar hver möskvi 4, og 1/4 þml. þegar hann er lagður saman tvöfaldur, stundum, eða á sumum stöðum er brúkaður mikið stærri riði, stundum, 1/4 þml. minni, netin eru, keypt - stundum feld, stundum ófeld, engin ber það við að riða þau sjálfur þykir ekki borga sig, en margir bæta þau ef þau eru ekki
mð
mjög rifin. þinjirnir eru ur snæri, blýsnúðar 4 þml. langir eru brúkaðir til að halda netjunum niðri þeir eru álíka gildir og sauðarleggur
spe
steyptir í þar til gjörðum mótum gróp eftir þeim endilaungum, mátulegt fyrir þininn til að falla í - grópin svo slegin saman til beggja enda og
þá
sitja þá fastir 6 fet eru á milli hvers þeirra. Korkarnir eru búnir til úr, granviði, 5 þml. á lengd
sívalir
snúðrendir á endum nálægt 2 þml í þvermál og gat í gegnum þá miðja eftir endilöngu nálægt 1/4 úr þumlungi á stærð, lykkjur eru settar
á
þininn um leið og netin eru feld, (úr sama efni og felliþráðurinn) lykkjan síðan dregin í gegnum korkinn þinurinn liggur utaná korknum,
því
og lausi endinn lykkjunnar hnýttur um þininn við annan enda korksins. blýin og korkarnir settir á þegar búið er að fella - með jöfnu
millibili
þetta er góður útbúnaður, og flækir netin mikið siður en það sem við brúkuðum á mývatni og liklega brúkað þar enn korkarnir eru árlega vættir í heitri
málóliu svo þeir fúnai ekki og fljóti vel. korkana má búa til í rennibekk en blýmotunum get eg ekki vel lýst svo að skiljist, en þau sem eg hef séð og hér eru brúkuð steýpa eitt í senn; fljótt á að líta, eru þau ekki ósvipuð stórri smiðjutöng, armarnir eins og og kjafturinn opnast og lokast á þolinmóð, en
sá
kjaftur er dálítið járnhulstur ferkantað utan en þó
f
í tvennu lagi en fellur nákvæmlega saman, og sinn tangarararmur gengur í hvern part þess; innan eru bæði stykki þess keylumynduð, og lítið
gat
á einium kantinum miðjum sem blýinun er
t
rent innum í hulstrið, mjór sívalur teinn rennur inn í miðjan fram enda mótsins og eftir hulstrinu endilaungu og hann myndar þingrópið um leið og blýið storknar, það er einfalt að sjá og hver góður járnsmiður á íslandi
gæti búið það til ef hann sæi það einusinni, enn af þessari lýsing minni yrði það líklega ekki hægt, og sjálfur skil eg ekki í, því eg er að lýsa þessu fyrir þér, en ef þér leiðist það þá getur Árna lesa það og Stefán bróður.
Eg skrifaði St bróður aðferð netja veiða hér
undir ís
fyrir mörgum
árum
en mér fannst honum ekki geðjast að því, og eg líklega ekki lýst því nógu vel, en eitt af því var það að hér höfum við aldrei uppistöðurnar í vökunum sjálfum (því
þar
ættu þær aldrei að vera því þá er svo hætt við þær höggist sundur,) heldur
uta0n
utan við vakarbarminn eina 4-5 þml. þar
ge
eru þær fastar í sömu skorðum allan tímann, sama hvort höfðu eru 1 eða fleiri net í stað.
oktober 12 þú mættir haldið að eg væri að safna í fréttapokann, e
ð
n svo er það nú ekki, heldur hitt að eg hef svo margt að hugsa um annað til dæmis virka daga að eg hef helst engan tíma nema á kveldin, og verð líka þreyttur í augunum.
Það er farið að kólna dálítið og stundum dálítið frost á nóttuni, við höfum því verið að tak úpp úr garðinum fengum góð uppskeru af kartoplum, um 50 bússel, hvert bússel af þeim er 60 pund, sumar af þeim eru um og yfir 3 pund, eg hef ekki nema einusinni áður fengið eins góðar kartoplur haustið 1895 fékk þá 85 bússel upp af 2 bússelum eða 42 1/2 af hverju þeirra í fyrra fékk eg bara 14 bússel og í vor varð eg að kaupa nokkur bússel fyrr dollar hvert. Gripir eru núna í nokkuð
góðum
prís Eg seldi 2
k
fyrsta kálfs kvígur í vor fyrrir 50 dollara hvora og núna nýbúin að selja 2 með sama verði; eg er búin að selja 10 fullorna gripi á síðasta ári og 1 kálf
svo gripirnir fjölga ekki mikið hef optast á fóðrum frá 30 - 35 hausa; fyrir utan nokkrar kindur og hestana.
Eg er orðin lélegur við harða vinnu en sum börnin eru farin að vinna mikið en þó við höfum töluverðar inntektir af vinnu þeirra og skepnunum þá
eiðum
við miklu og lifum ekki neitt sparlega. og s.l. ár hafði eg meiri kostnað en sum árin á undan t.d. yfir 80 dollara læknirskosnað, og milli 30 - 40 dollara
fyrir
í skólakostnað og margan annan auka kosnað. og öll vara aðkeypt í töluvert hærra verði en áður. kent um stríðinu, og er það eflust rétt að sumu leiti, en
hér
er líka nóg af einokunasamtökum meðal verzlunarstéttanna.
um stríðið get eg ekki mikið skrifað því þó Canada sé ein af aðilum, þá eru stríðsfréttir blaðanna þess eðlis að maður á erfitt
að
átta sig á þeim, en eg kaupi eitt blað frá Bandaríkjunum og, þar sé eg margt, af því sem blöð hér segja
okkur ekki, máské meiga það ekki já, Solla frænka óskar til guðs að banda-menn vinni, já það vilja víst allir bretskir borgarar líka, og fyrir mína meining ættu þeir að verða ofaná því bæði byrjuðu þeir ekki þetta stríð og
er
svo hafa þjóðverjar gert svo mörg strákapör í því, að
þeir ættu
það
ekki
sannarlega skilið verða undir í þeim viðskiptum.
en ekki er að sjá að þeir séu farnir að gugna mikið, enn þá, og þó að fleiri millijónir séu nú þegar fallnar í þessum hroða-slag, þá er víst að enn þá fleiri millijónir eiga þó eftir að, bíta í grasið af völdum þess, því meðan að (þjóðir þær sem í byrjun
stríðjun
stríðsins stóðu hjá)
eru
nú að
smá
slá sér inní það,
þá
á báðar hliðar þá bæði stendur stríðið lengur fyrir það, og mannfallið hroðalegra.
Hálf millijón er sagt að fallið hafi á 7 dögum núna nýlega; eg man það
að mér þótti hroðalegt að lesa um mannfallið, þegar Rússar og Japanar borðust, en það
var
lítið hjá því sem
”slatrað„
er núna; auðvitað taka mikið fleiri þjóðir þátt í þessu stríði en það er
þ
líka ennþá hróðalegra.
14 óktóber, þetta bréf ætlar að
verða
tómar dagsetningar. Í dag hef eg verið að gera við fjós sem við byggðum að nokkru leyti í maí, það er alt úr sverum bjálk
j
um 8 þumlungar í gegnum gil
g
dari endan en 5 í hinn; hliðarbjálkarnir
24
fet en stafnbjálkarnir 23 fet, innanmál 24 og 22 fet, 4 sverir bjálkar liggja með jöfnu bili þvert yfir og síðan þéttsett langbönd ofaná þeim og síðan hey fult fet á þykt, þakið flatt og lekur á sumrin en þá þarf ekki að brúka það á veturna leka svoleiðis fjós aldrei því snjór
bráðnar
hér sjaldan fyrr en seint í mars eða apríl og fer þá vanalega á 2 - 3 dögum og þá fara skepnur strax að vera úti á daginn. annað fjós með sama lagi byggði eg fyrir 4 árum
og er heygyrðing
á
, eða heygarður á milli þeirra og úr honum gef eg inní þau bæði eftir 4 feta breiðum garða sem liggur stafna milli og er það þægilegt og fljótlegt pæli heyinu inn með fork og get gefið í 30 gripum þanig á 20 mínútum, svona fjós eru tvístæð flórar og traðir meðfram hliðveggjum og göt á hverjum hliðvegg til að moka útum, tvennar dyr á framstafni fyrir gripina að ganga út og inn og einar
á h
inní heygarðinn á miðjum stafni, stundum gef eg geldum feitum gripum úti það sparar vinnu en þeir þurfa meira hey, en hef þá samt inni þegar stormar eru, þeir verða loðnir eins og útigöngu hestar, og svo hafa þeir ætið nógan heyúrgang til að liggja á, og hafi þeir þannig lagaða hriðing og nóg hey og vatn þá standa þeir sig vanalega fulteins vel og þeir sem
maður verður að kúlda inni til dæmis mjólkurkýr og kálfa vanalega leysi eg gripina í vatnið, stundum samt þegar mikið er frost, þá dreg eg vatnið í þá með uxum eða hestum á sleða í tunnum, helst vetrarbærur og yngstu kálfana, enkum gerði eg það opt í vetu s.l. því 9 eða 10 af kúnum báru í nóvember og
desmber
, og núna eiga þær víst átta að bera fyrir jól, og mér hefur ætíð reynst vel að láta þær bera á þeim tíma, eg hef þannig meira gagn af þeim, auðvitað er það mikil vinna bæði við að mjólka þær og gefa kálfunum, því sjaldan drepum við nýborna kálfa, eg læt þá vanalega vera hjá móðurinni 2-3 vikur fyrst og flyt þá svo í lítið fjós skamt frá hinum, og þarf það að vera hlýtt og
vil
vindhelt, gefum þeim sjaldan meira en fjórar merkur í mál og svo hey það sem þeir vilja, stundum
hef
þegar eg hef litla mjólk eða vil spara
hana, hef eg gefið þeim eftir að þeir er 3ja vikna bara 1 pott af nýmjólk og hræri saman við hana fínu maísmjöli og hefur mér lukkast það vel; en mjög lítið verður að láta af mjölinu fyrstu vikuna því annars hætt við að þeir veikist af því nóg að gefa þeim svo sem 1 til 2 matskeiðar fyrst og svo smáauka það, og 4 - 5 matskeiðar eru alveg eins kjarngóðar af maísmjöli
og
handa þeim eins og 1 pottur af nýmjólk, best er að láta mjölið fyrst í ilátið þeirra,
re
renna síðan ögn á það af heitu vatni og svo mjölkin á eftir; og nú hugsa eg þú
sért
búin að fá nóg af kúa-búfræðinni minni
jæja eg þarf nátturlega ögn a
g
ð raupa af sjálfum mér, því ekki get eg búist við að aðrir geri það; mér geðjast betur griparækt en nokkuð annað, sem eg hef reynt hér og eg á heldur góðar kýr til mjó
k
lkur eftir því sem hér gerist, því sjaldan fá þær annað hér en úthey, þó hef eg oft gefið þeim ögn af fóðurmjöli að vetrinun þegar annað hvort heyið er létt eða skemt eins og opt vill verða
heyskapartíminn er votviðrasamur.
jæja; Lína situr hér hjá mér
á
fótum sínum og er að lesa, hinar 3 arkirnar, sem eg er búin með, eg get ekki verið að því að banna henni það, hún hefur sjaldan eitt tímanum í lestur eða skriftir enda haft nóg annað til að hugsa um, blöðin les hún samt fult svo rækilega og eg, og man það alt betur, en fáar sögubækur les hún og ljóðmælum hefur hún held eg lítið gaman af, nema helst eftir Guðmund frænda sinn á Sandi og sumt líkar henni vel eftir Steingrím og Sb Jóhannsson, en vænst þykir henni um kvæði Kr. Jónssonar St G. Stephansson vill hún hvorki heyra né
0
sjá, því þau séu svo flókin, en eg hef mikið uppáhald á þeim, auðvitað dettur mér ekki hug að segja að eg skilji öll kvæði hans, en þau sem eg skil þyja mér
mörg afbragð enda má það til að vera, því hann er efalaust eitt það djúpvitrast þjóðskáld sem nú er uppi meðal íslendinga að vísu er hann ekki ætíð sérlega prúttinn með
rim
smellið rím, en orðavalið og hugmyndirnar eru opt svo aðdáanlegar
að
rímstriðleikans gætir naumst, en þú hefur heyrt álit mitt um hann áður, svo eg ætla ekki að segja meira um hann núna, eg á nokkuð af ljóðabókum, en, Optast tek eg ”adnvökur„ andans móki að hrinda, víðsýninnar vorgróður vefur hæstu tinda
Hvernin líkar Þuru við St. G. ?
Eg er nú búin margt um ymislegt sem þú víst litla ánæju af og hef litla von
um að nokkur bragarbót verði á því að eg ætti helst slá botnin í nú þegar. En eg samt reyna að klóra út þetta blað með einhverju.
Bogga mín og maður hennar komu til okkar 20
sta
júlí; hann var hér í 2 vikur, en hún var hér rúman mánuð með börnin; og Kristjana sem var hjá þeim í vetur kom þá líka og er nú heima. Bogga er vel ánægð og frjálsleg
og
og fær að hafa alt sem henni geðjast best, til gagns og gleði með heimilislíf
s
þeirra, því maður hennar reynist henn mjög vel; og er okkur foreldrum hennar það sannarlegt ánægjuefni.
Aðalbjörg hefur verið í Winnipeg síðan í mars en ætlar að kom heim í byrjun desember. og vera heima í vetur. Helga hefur verið heima í sumar en er nýfarin til Winnipegosis og verður þar